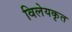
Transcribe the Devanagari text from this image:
विलेयकृत